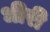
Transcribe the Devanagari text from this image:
धीरी